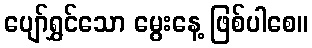
ပျော်ရွှင်သော မွေးနေ့ ဖြစ်ပါစေ။